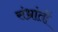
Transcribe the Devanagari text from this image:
संभ्रांतों